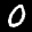
Label: 0